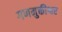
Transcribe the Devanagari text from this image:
गणमुक्तीश्वर